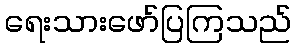
ရေးသားဖော်ပြကြသည်